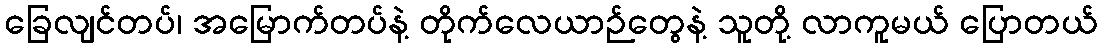
ခြေလျင်တပ်၊ အမြောက်တပ်နဲ့ တိုက်လေယာဉ်တွေနဲ့ သူတို့ လာကူမယ် ပြောတယ်